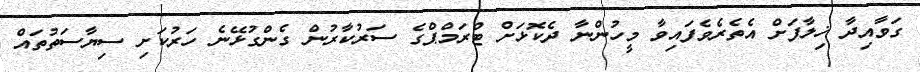
ގަވާއިދާ ޚިލާފަށް އެތެރެވެފައިވާ މީހުންނާ ދެކޮޅަށް ޓްރަމްޕްގެ ސަރުކާރުން ގެންގުޅޭނެ ހަރުކަށި ސިޔާސަތުތައް